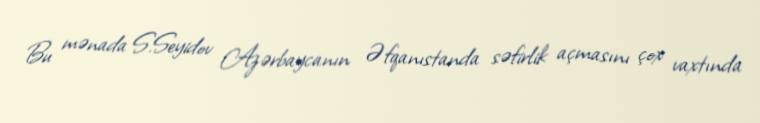
Bu mənada S.Seyidov Azərbaycanın Əfqanıstanda səfirlik açmasını çox vaxtında